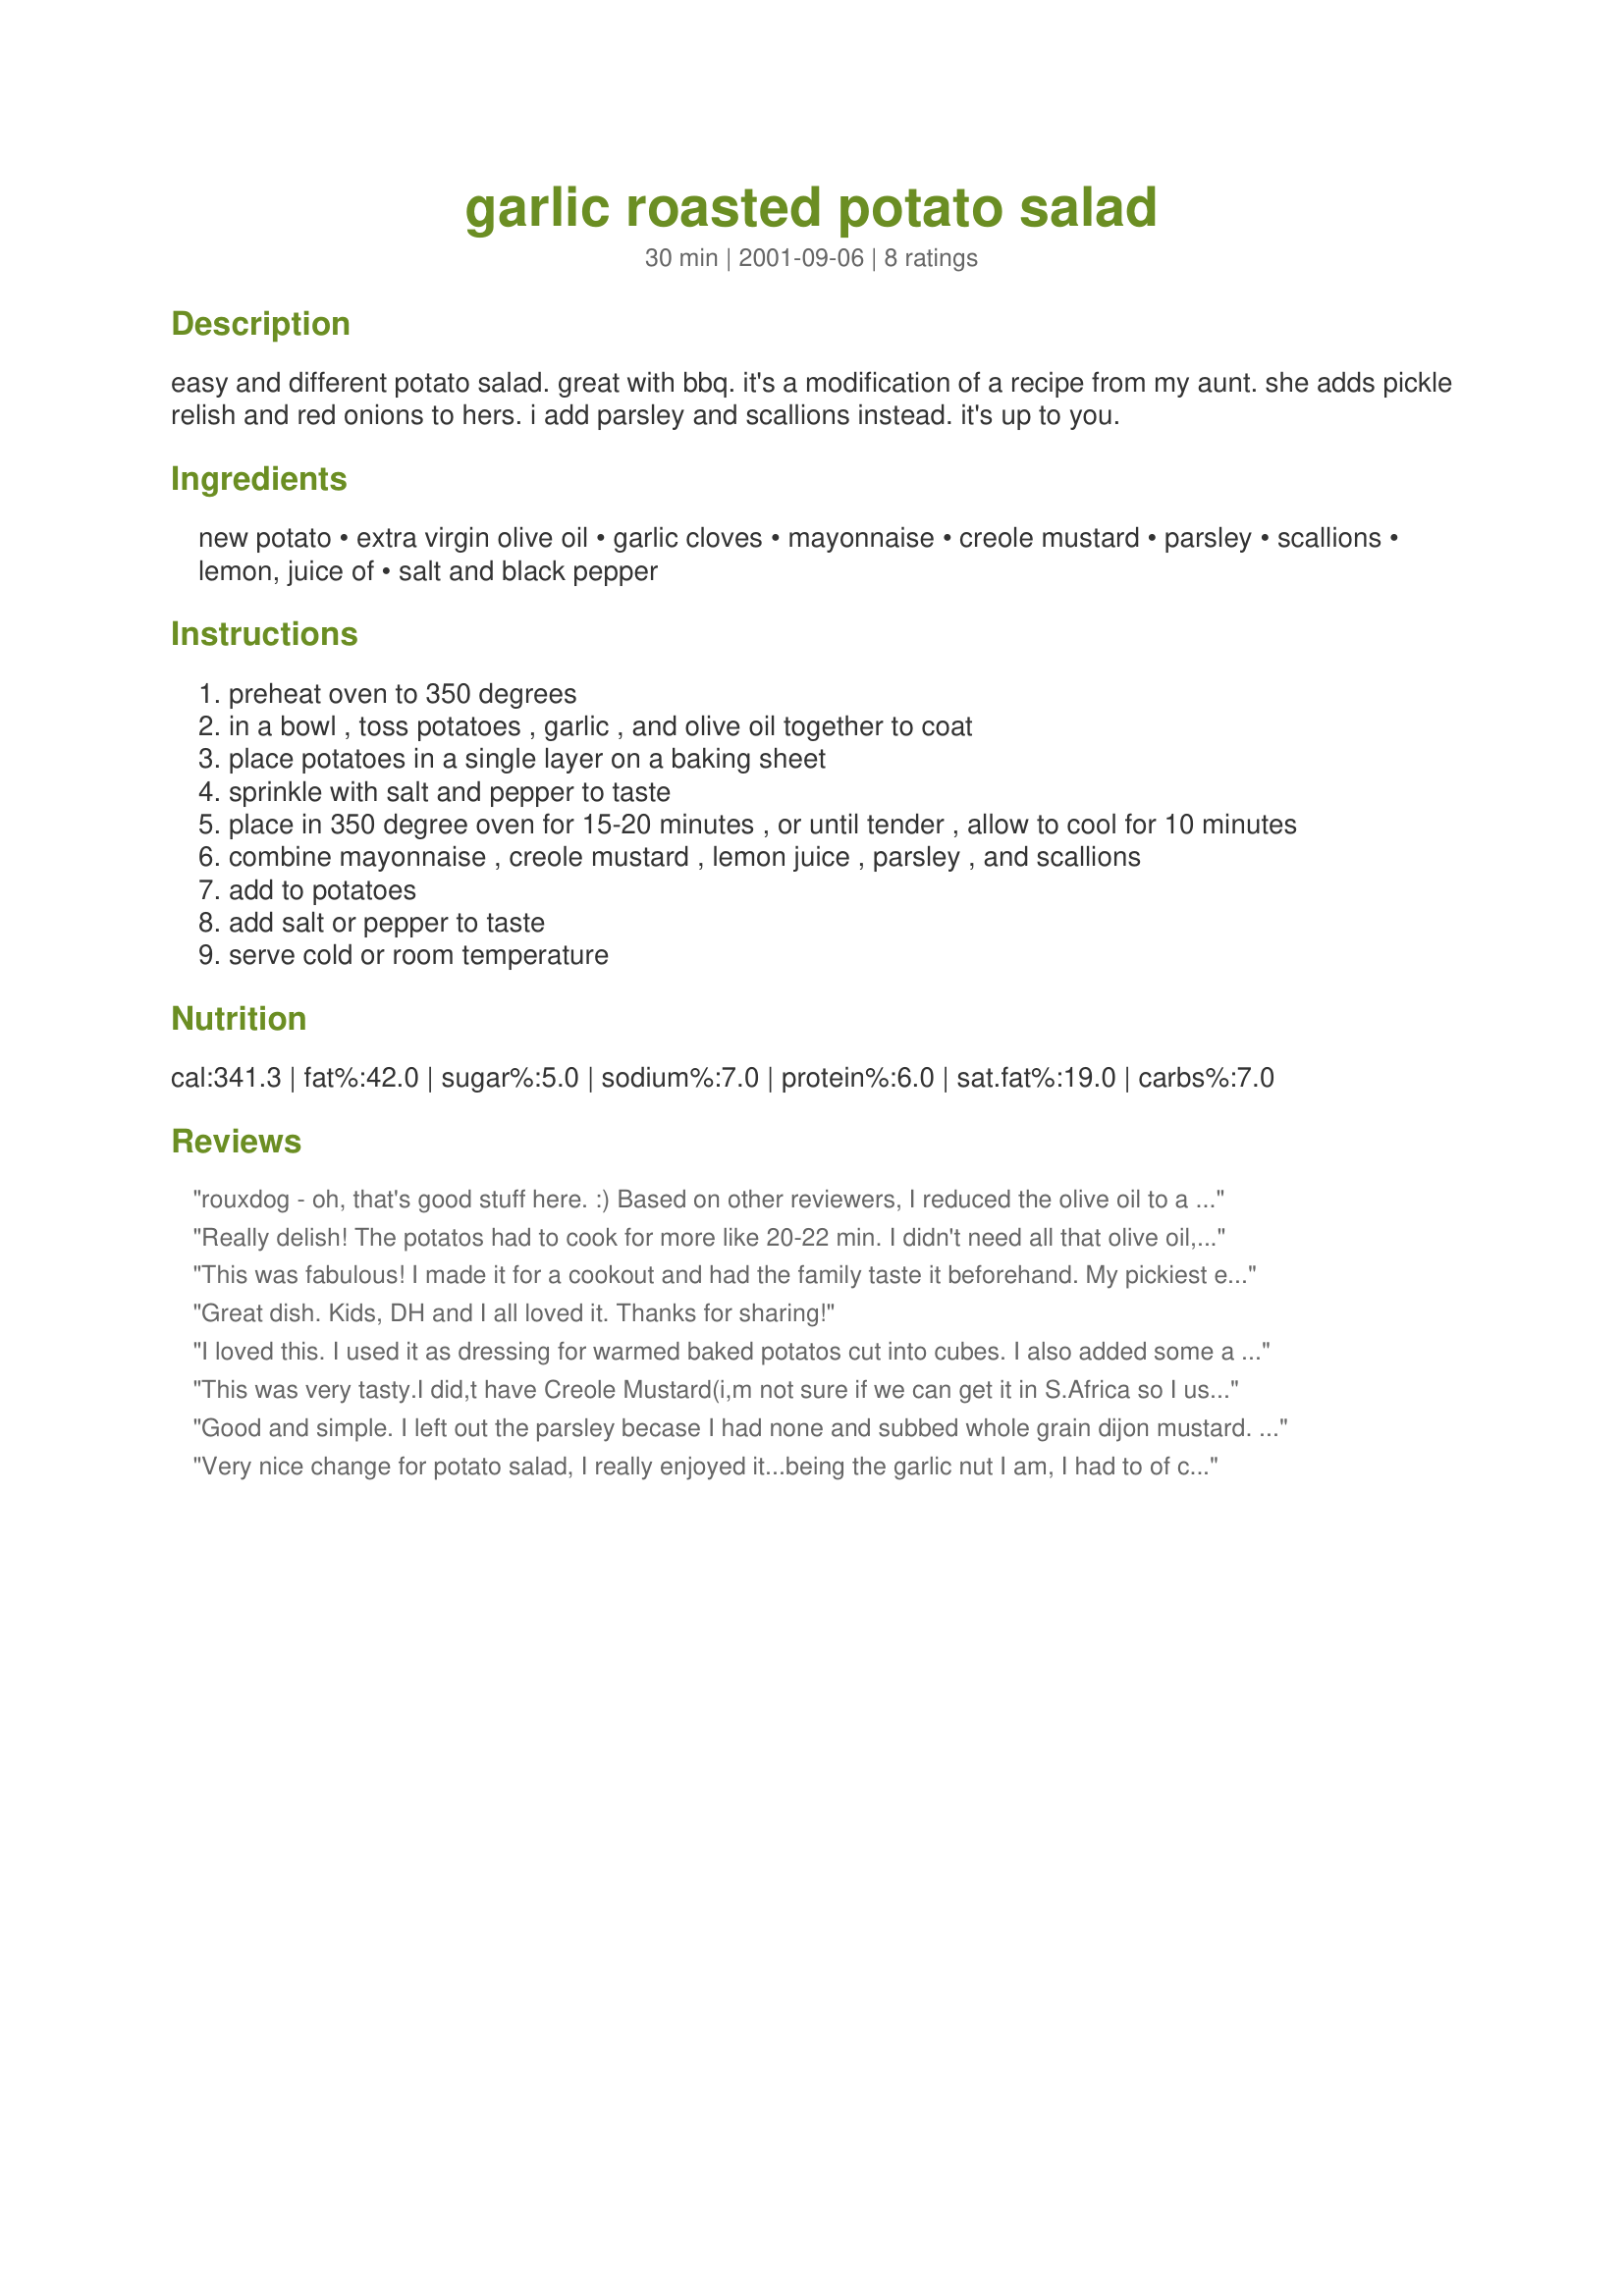
garlic roasted potato salad
Preparation time: 30 minutes

easy and different potato salad. great with bbq. it's a modification of a recipe from my aunt. she adds pickle relish and red onions to hers. i add parsley and scallions instead. it's up to you.

Ingredients:
new potato, extra virgin olive oil, garlic cloves, mayonnaise, creole mustard, parsley, scallions, lemon, juice of, salt and black pepper

Steps:
preheat oven to 350 degrees
in a bowl , toss potatoes , garlic , and olive oil together to coat
place potatoes in a single layer on a baking sheet
sprinkle with salt and pepper to taste
place in 350 degree oven for 15-20 minutes , or until tender , allow to cool for 10 minutes
combine mayonnaise , creole mustard , lemon juice , parsley , and scallions
add to potatoes
add salt or pepper to taste
serve cold or room temperature

Reviews:
rouxdog - oh, that's good stuff here. :)
Based on other reviewers, I reduced the olive oil to a scant 1/3 cup, and still a bit more oil than I needed. I did double the garlic (since it's roasted, it mellows out - so no worries of it becoming overwhelming.) This recipe makes a lot of dressing; I think the next time I make this (and there will be) I will increase the amount of potatoes to 1 1/2 pounds and keep the rest the same.
Really delish! The potatos had to cook for more like 20-22 min. I didn't need all that olive oil, and I used horesradish mustard instead of creole mustard. It was a bit hit for father's day paired with Cilantro Salmon Burgers!
This was fabulous! I made it for a cookout and had the family taste it beforehand. My pickiest eater loved it and my husband said we should just keep it at home. Definitely a keeper! (And for my second attempt at potato salad, super easy!)

Some notes:
*I used Dusseldorf mustard instead of Creole.
*I quadrupled the batch for the number of people we were feeding. I will probably cut the oil, mustard and mayo by 1/3 next time as these things seemed to be more than needed.
Great dish. Kids, DH and I all loved it.

Thanks for sharing!
I loved this. I used it as dressing for warmed baked potatos cut into cubes. I also added some a little pinch of dill and I used 1 tbsp of dijon instead of creole mustard.

Very tasty, super easy and I will definately make it again.
This was very tasty.I did,t have Creole Mustard(i,m not sure if we can get it in S.Africa so I used aTarragon one.
Good and simple. I left out the parsley becase I had none and subbed whole grain dijon mustard. I also had to cook my potatoes for about 20 minutes. I only slightly increased the dressing for about double the potatoes and I still had too much so I just left some of it out. This is a keeper.
Very nice change for potato salad, I really enjoyed it...being the garlic nut I am, I had to of course double the garlic the recipe calls for!
